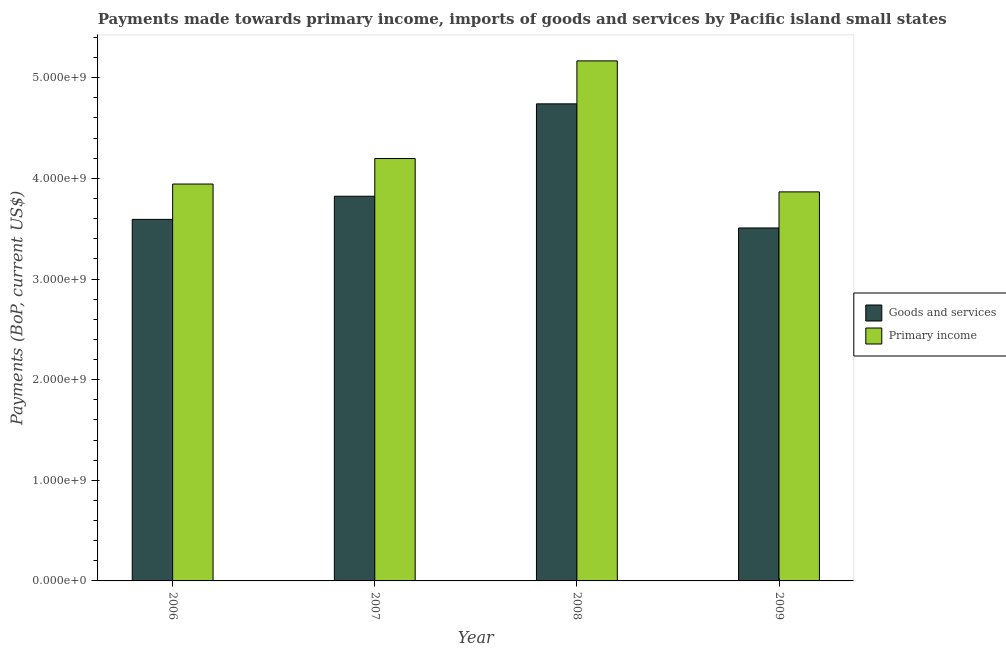
| Year | Goods and services | Primary income |
 | --- | --- | --- |
 | 2006 | 3.59e+09 | 3.94e+09 |
 | 2007 | 3.82e+09 | 4.2e+09 |
 | 2008 | 4.74e+09 | 5.17e+09 |
 | 2009 | 3.51e+09 | 3.87e+09 |